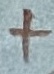
Text: +